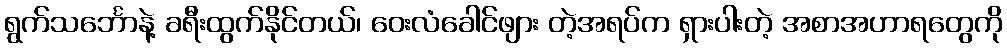
ရွက်သင်္ဘောနဲ့ ခရီးထွက်နိုင်တယ်၊ ဝေးလံခေါင်ဖျား တဲ့အရပ်က ရှားပါးတဲ့ အစာအဟာရတွေကို